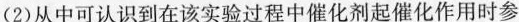
(2)从中可认识到在该实验过程中催化剂起催化作用时参